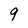
Character: 9